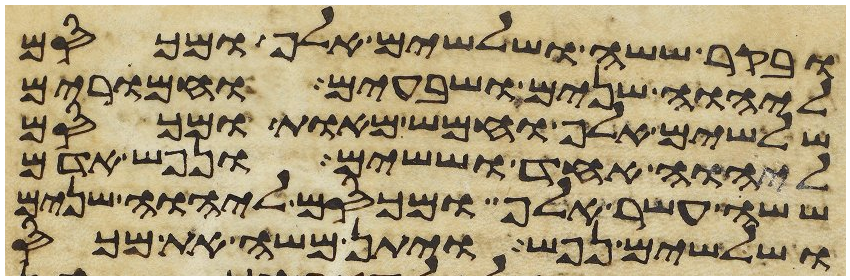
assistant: ובקר ששה ושלשים אלף ומכסם
ליהוה שנים ושבעים וחמרים
שלשים אלף וחמש מאות ומכסם
ליהוה אחד וששים ונפש אדם
ששה עשר אלף ומכסם ליהוה שנים
ושלשים נפש ויתן משה את מכס